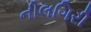
નીલગિરી